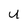
Character: U